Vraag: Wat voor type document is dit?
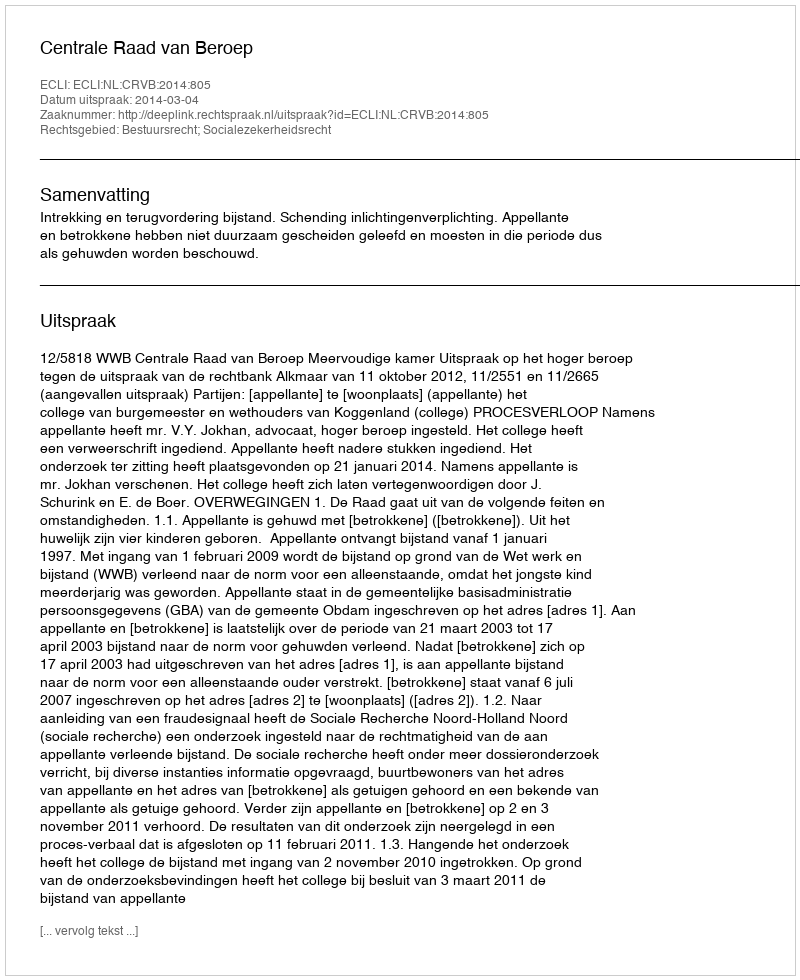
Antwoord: Uitspraak